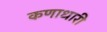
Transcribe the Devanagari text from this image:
कणाधारी